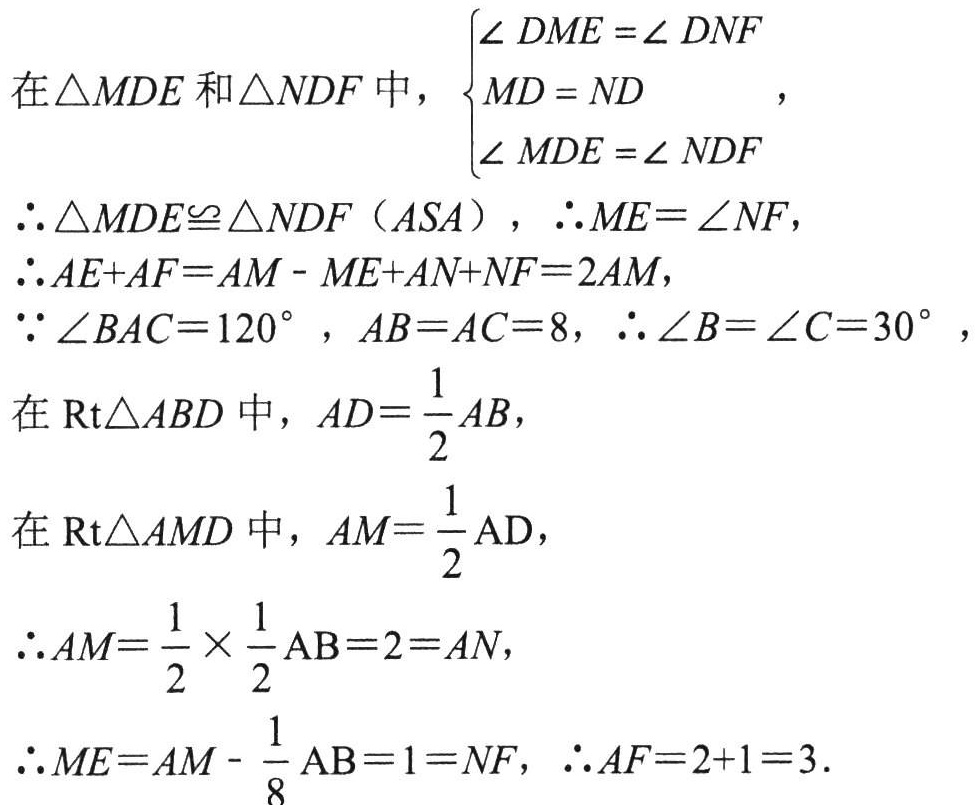
在\(\triangle MDE\)和\(\triangle NDF\)中，\(\begin{cases}
\angle DME = \angle DNF\\
MD = ND\\
\angle MDE = \angle NDF
\end{cases}\)，
\(\therefore \triangle MDE\cong \triangle NDF(ASA)\)，\(\therefore ME = NF\)，
\(\therefore AE + AF=AM - ME + AN + NF = 2AM\)，
\(\because\angle BAC = 120^{\circ}\)，\(AB = AC = 8\)，\(\therefore\angle B=\angle C = 30^{\circ}\)，
在\(Rt\triangle ABD\)中，\(AD=\dfrac{1}{2}AB\)，
在\(Rt\triangle AMD\)中，\(AM=\dfrac{1}{2}AD\)，
\(\therefore AM=\dfrac{1}{2}\times\dfrac{1}{2}AB = 2=AN\)，
\(\therefore ME = AM-\dfrac{1}{8}AB = 1=NF\)，\(\therefore AF = 2 + 1=3\)．